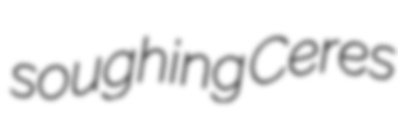
soughing Ceres